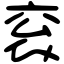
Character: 衮